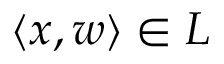
\langle x , w \rangle \in L